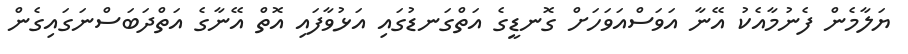
ޔަލާމެން ފެނުމާއެކު އޭނާ އަވަސްއަވަހަށް ގޮނޑީގެ އަތްގަނޑުގައި އަޅުވާފައި އޮތް އޭނާގެ އަތްދަބަސްނަގައިގެން